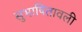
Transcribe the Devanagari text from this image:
सुभाषितावली